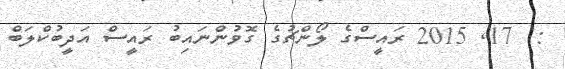
:  17